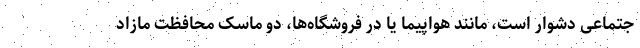
جتماعی دشوار است، مانند هواپیما یا در فروشگاه‌ها، دو ماسک محافظت مازاد